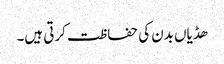
ھڈیاں بدن کی حفاظت کرتی ہیں۔